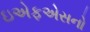
ઇએફએસનો